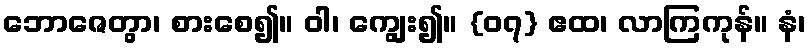
ဘောဇေတွာ၊ စားစေ၍။ ဝါ၊ ကျွေး၍။ {၀၇} ဧထ၊ လာကြကုန်။ နံ၊